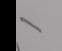
Signature authenticity: forged